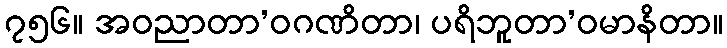
၇၅၆။ အဝညာတာ’ဝဂဏိတာ၊ ပရိဘူတာ’ဝမာနိတာ။